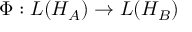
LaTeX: \Phi : L ( H _ { A } ) \rightarrow L ( H _ { B } )